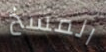
المسخ